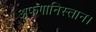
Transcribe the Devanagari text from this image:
अफगानिस्तान।